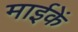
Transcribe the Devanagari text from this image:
माईकें